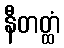
နီတတ္ထံ